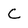
Character: C